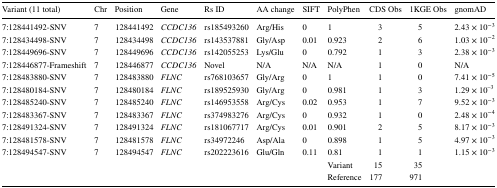
<table><thead><tr><td><b>Variant (11 total)</b></td><td><b>Chr</b></td><td><b>Position</b></td><td><b>Gene</b></td><td><b>Rs ID</b></td><td><b>AA change</b></td><td><b>SIFT</b></td><td><b>PolyPhen</b></td><td><b>CDS Obs</b></td><td><b>1KGE Obs</b></td><td><b>gnomAD</b></td></tr></thead><tbody><tr><td>7:128441492-SNV</td><td>7</td><td>128441492</td><td><i>CCDC136</i></td><td>rs185493260</td><td>Arg/His</td><td>0</td><td>1</td><td>3</td><td>5</td><td>2.43 × 10<sup>−3</sup></td></tr><tr><td>7:128434498-SNV</td><td>7</td><td>128434498</td><td><i>CCDC136</i></td><td>rs143537881</td><td>Gly/Asp</td><td>0.01</td><td>0.923</td><td>2</td><td>6</td><td>1.03 × 10<sup>−2</sup></td></tr><tr><td>7:128449696-SNV</td><td>7</td><td>128449696</td><td><i>CCDC136</i></td><td>rs142055253</td><td>Lys/Glu</td><td>0</td><td>0.792</td><td>1</td><td>3</td><td>2.38 × 10<sup>−3</sup></td></tr><tr><td>7:128446877-Frameshift</td><td>7</td><td>128446877</td><td><i>CCDC136</i></td><td>Novel</td><td>N/A</td><td>N/A</td><td>N/A</td><td>1</td><td>0</td><td>N/A</td></tr><tr><td>7:128483880-SNV</td><td>7</td><td>128483880</td><td><i>FLNC</i></td><td>rs768103657</td><td>Gly/Arg</td><td>0</td><td>1</td><td>1</td><td>0</td><td>7.41 × 10<sup>−5</sup></td></tr><tr><td>7:128480184-SNV</td><td>7</td><td>128480184</td><td><i>FLNC</i></td><td>rs189525930</td><td>Gly/Arg</td><td>0</td><td>0.981</td><td>1</td><td>3</td><td>1.29 × 10<sup>–</sup><sup>3</sup></td></tr><tr><td>7:128485240-SNV</td><td>7</td><td>128485240</td><td><i>FLNC</i></td><td>rs146953558</td><td>Arg/Cys</td><td>0.02</td><td>0.953</td><td>1</td><td>7</td><td>9.52 × 10<sup>−3</sup></td></tr><tr><td>7:128483367-SNV</td><td>7</td><td>128483367</td><td><i>FLNC</i></td><td>rs374983276</td><td>Arg/Cys</td><td>0</td><td>0.932</td><td>1</td><td>0</td><td>2.48 × 10<sup>−4</sup></td></tr><tr><td>7:128491324-SNV</td><td>7</td><td>128491324</td><td><i>FLNC</i></td><td>rs181067717</td><td>Arg/Cys</td><td>0.01</td><td>0.901</td><td>2</td><td>5</td><td>8.17 × 10<sup>−3</sup></td></tr><tr><td>7:128481578-SNV</td><td>7</td><td>128481578</td><td><i>FLNC</i></td><td>rs34972246</td><td>Asp/Ala</td><td>0</td><td>0.898</td><td>1</td><td>5</td><td>4.97 × 10<sup>−3</sup></td></tr><tr><td>7:128494547-SNV</td><td>7</td><td>128494547</td><td><i>FLNC</i></td><td>rs202223616</td><td>Glu/Gln</td><td>0.11</td><td>0.81</td><td>1</td><td>1</td><td>1.15 × 10<sup>−3</sup></td></tr><tr><td></td><td></td><td></td><td></td><td></td><td></td><td></td><td>Variant</td><td>15</td><td>35</td><td></td></tr><tr><td></td><td></td><td></td><td></td><td></td><td></td><td></td><td>Reference</td><td>177</td><td>971</td><td></td></tr></tbody></table>